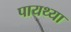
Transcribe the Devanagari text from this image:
पायथ्या